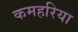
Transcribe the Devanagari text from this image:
कमहरिया